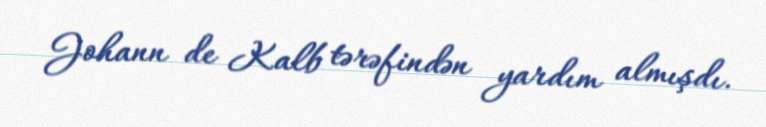
Johann de Kalb tərəfindən yardım almışdı.